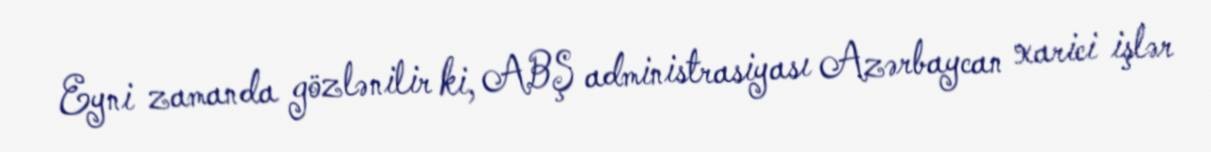
Eyni zamanda gözlənilir ki, ABŞ administrasiyası Azərbaycan xarici işlər